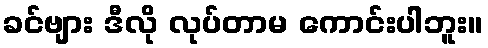
ခင်ဗျား ဒီလို လုပ်တာမ ကောင်းပါဘူး။